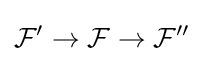
{\mathcal {F}}'\rightarrow {\mathcal {F}}\rightarrow {\mathcal {F}}''